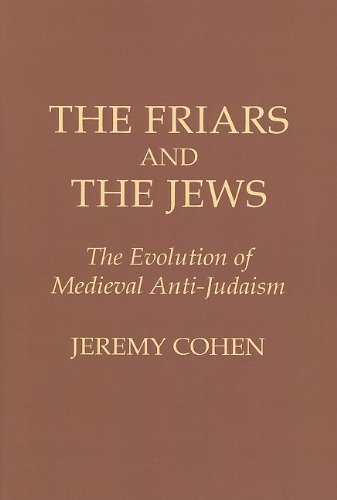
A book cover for The Friars and the Jews: The Evolution of Medieval Anti-Judaism; Jeremy Cohen; Religion & Spirituality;